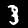
Label: 3